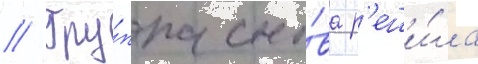
// Гру́ппа сно́ва р'еши́ла